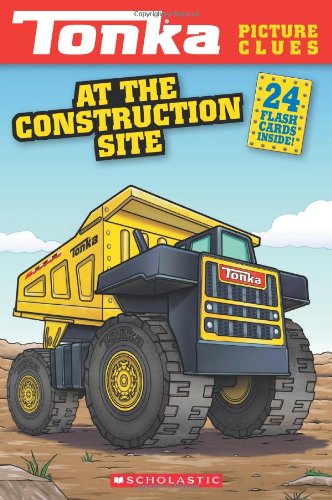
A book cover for At the Construction Site (Tonka Picture Clues); Samantha Brooke; Children's Books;